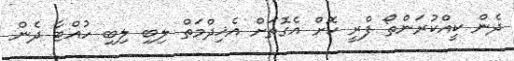
ދެން ކީއްކުރަންތޯ ފްރީ ކޮށް އެގޮތަށް އެޚިދްމަތް ލިބި ލިބި ހުއްޓާ ދެން